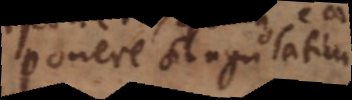
ponere singulatim